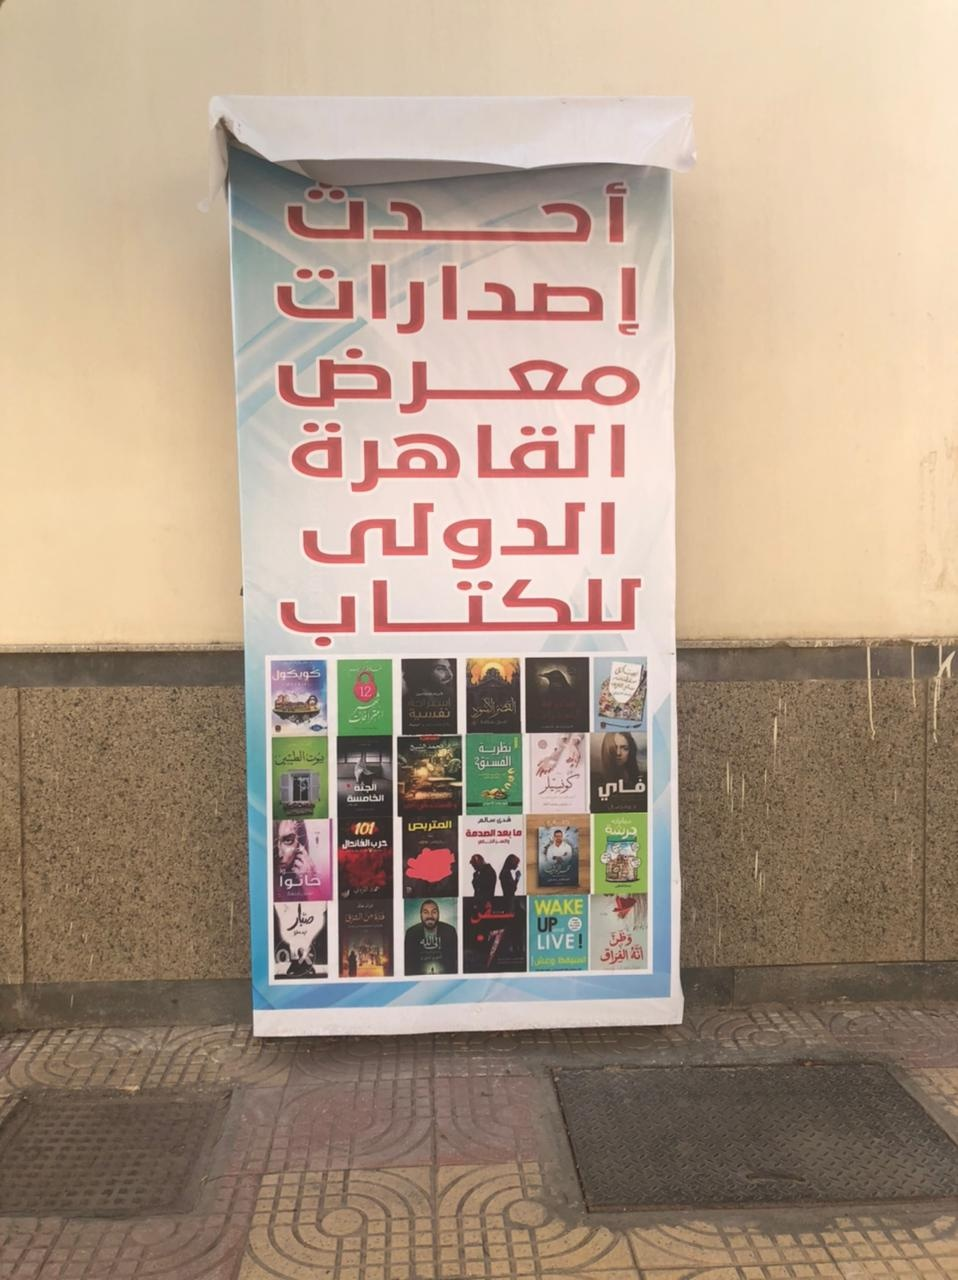
Text in image: أحدث إصدارات معرض القاهرة الدولى للكتاب فاي WAKE UP LIVE